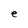
Character: e